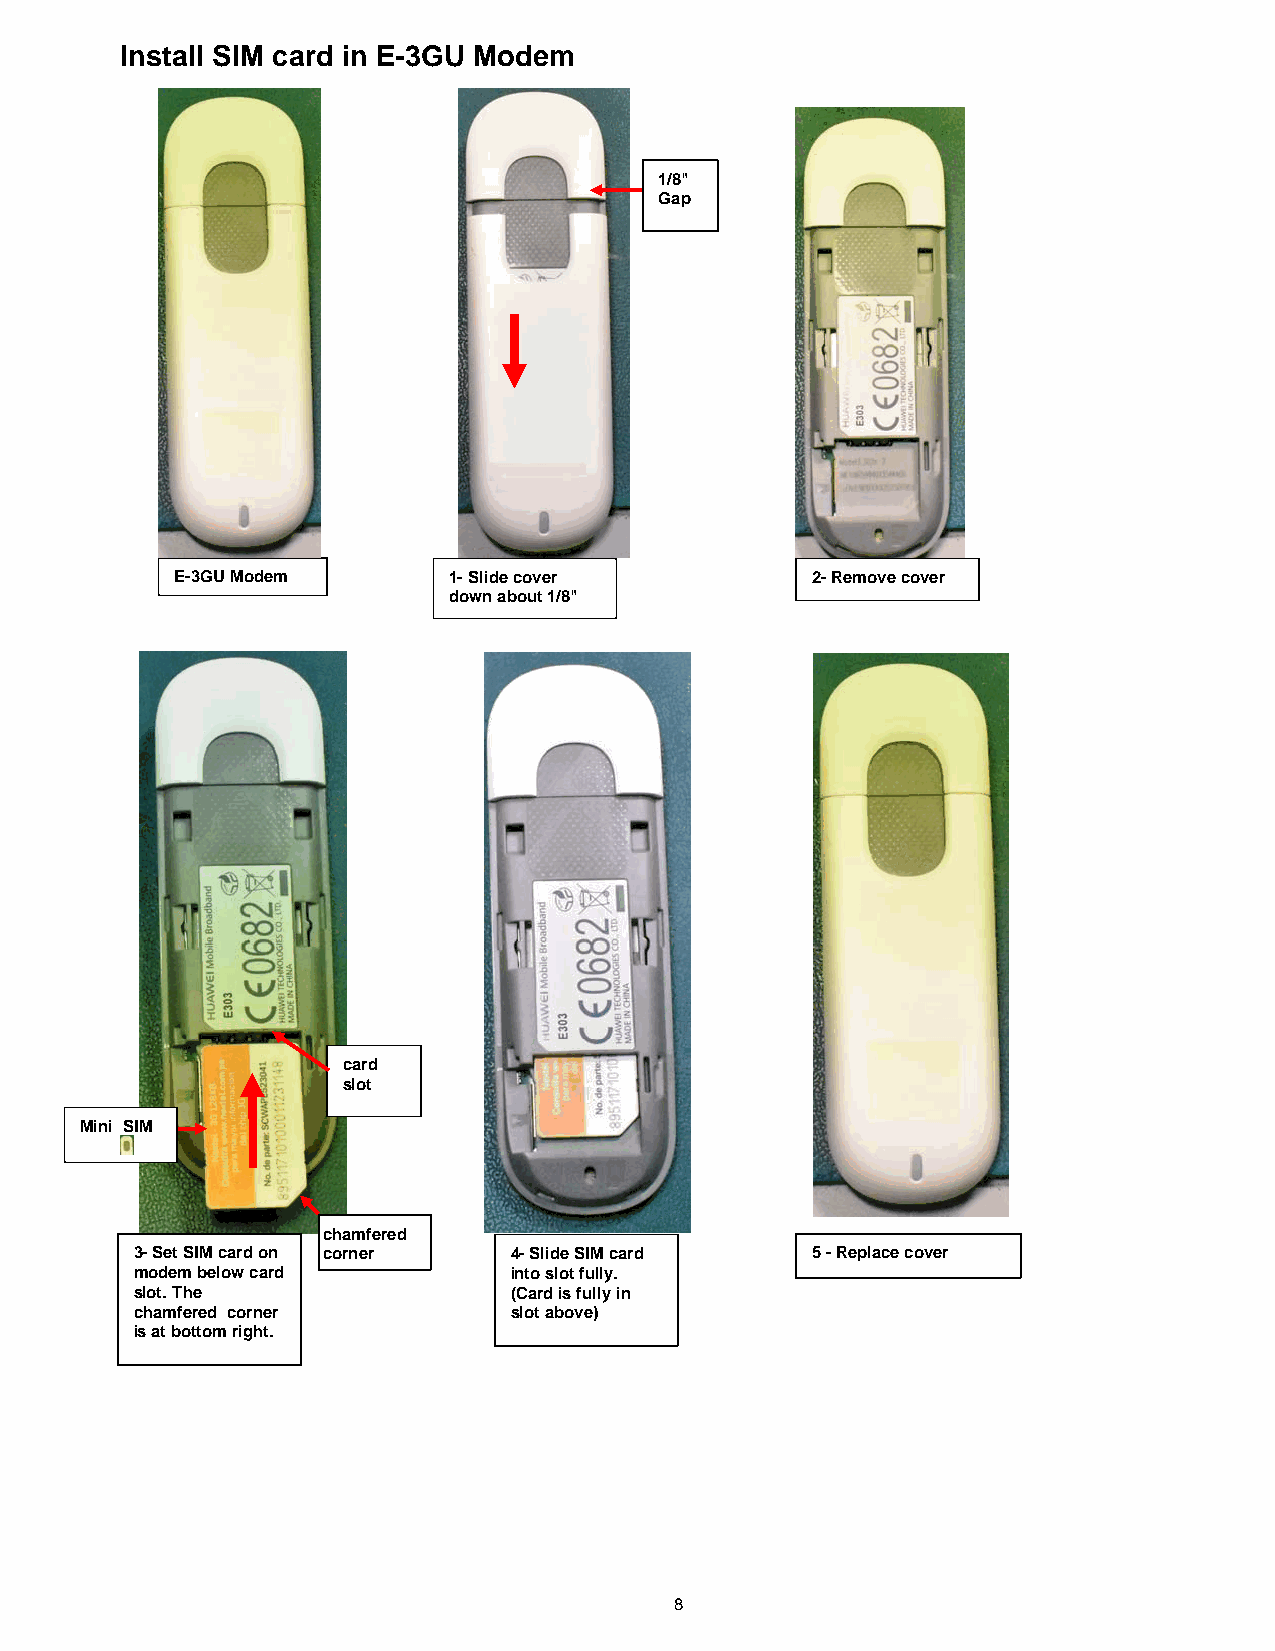
Install SIM card in E-3GU Modem
 1/8"
 Gap
 E-3GU Modem       1- Slide cover          2-Remove cover
 down about 1/8"
 card
 slot
 Mini SIM
 chamfered
 3- Set SIM card on corner 4- Slide SIM card  5 -Replace cover
 modem below card         into slot fully.
 slot. The                (Card is fully in
 chamfered corner         slot above)
 is at bottom right.
 8